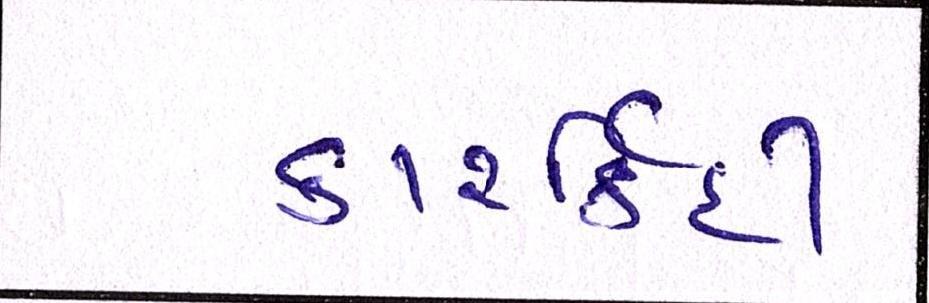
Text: કારર્કિદી